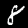
Label: 8